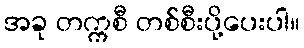
အခု တက္ကစီ တစ်စီးပို့ပေးပါ။